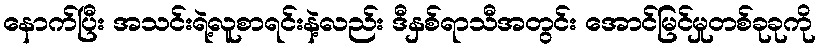
နောက်ပြီး အသင်းရဲ့လူစာရင်းနဲ့လည်း ဒီနှစ်ရာသီအတွင်း အောင်မြင်မှုတစ်ခုခုကို